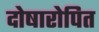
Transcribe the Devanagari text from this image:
दोषारोपित